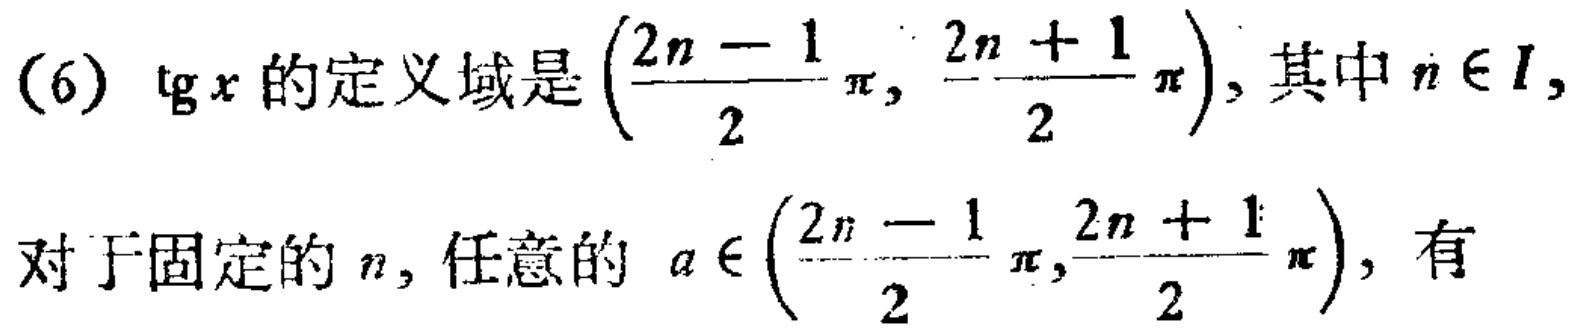
(6) $\operatorname{tg}x$ 的定义域是$\left(\frac{2n - 1}{2}\pi, \frac{2n + 1}{2}\pi\right)$, 其中$n\in I$,
对于固定的 $n$, 任意的 $a\in\left(\frac{2n - 1}{2}\pi,\frac{2n + 1}{2}\pi\right)$, 有